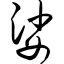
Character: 娑